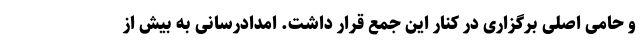
و حامی اصلی برگزاری در کنار این جمع قرار داشت. امدادرسانی به بیش از